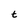
Character: t